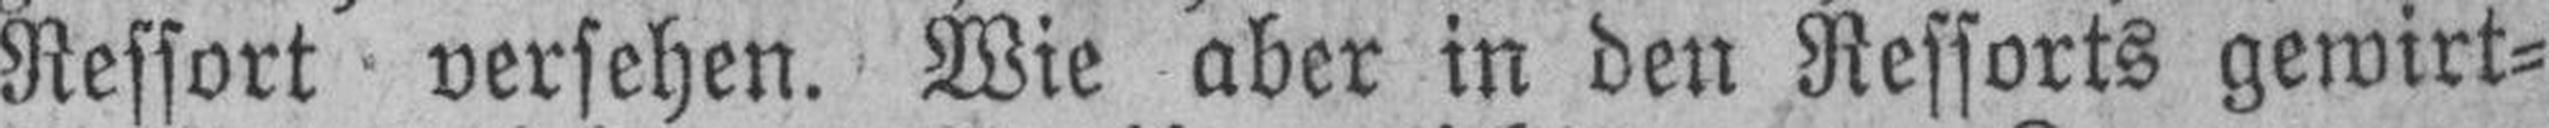
Ressort versehen. Wie aber in den Ressorts gewirt¬